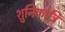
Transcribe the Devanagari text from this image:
शुनिकात्रि